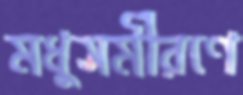
মধুসমীরণে